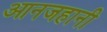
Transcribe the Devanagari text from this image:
आनजहानी